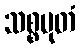
သစ္စမုတံ